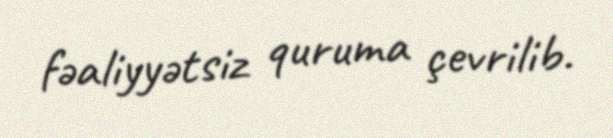
fəaliyyətsiz quruma çevrilib.